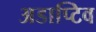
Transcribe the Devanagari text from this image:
अडाप्टिव